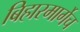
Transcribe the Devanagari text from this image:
बिहारमार्गेच